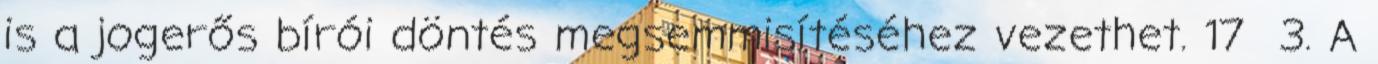
is a jogerős bírói döntés megsemmisítéséhez vezethet. 17 3. A